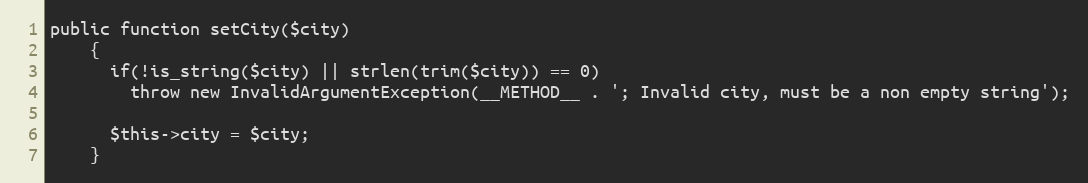
Language: PHP
public function setCity($city)
    {
      if(!is_string($city) || strlen(trim($city)) == 0)
        throw new InvalidArgumentException(__METHOD__ . '; Invalid city, must be a non empty string');

      $this->city = $city;
    }